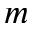
m